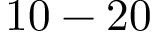
1 0 - 2 0